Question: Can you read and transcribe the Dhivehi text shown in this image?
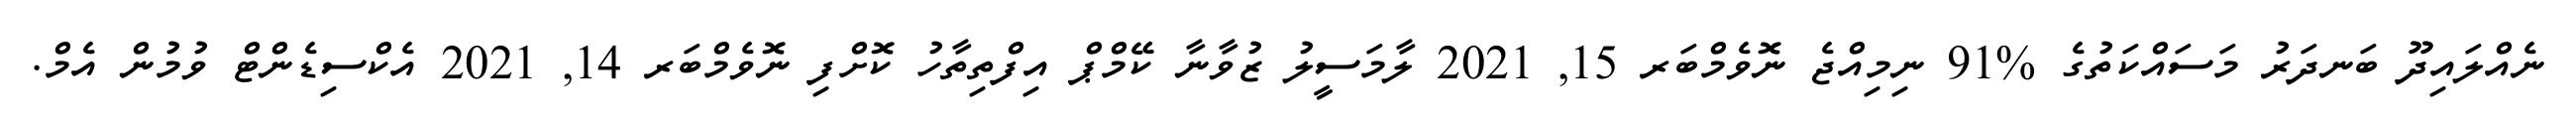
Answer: ނެއްލައިދޫ ބަނދަރު މަސައްކަތުގެ %91 ނިމިއްޖެ ނޮވެމްބަރ 15, 2021 ލާމަސީލު ޒުވާނާ ކޭމްޕް އިފްތިތާހު ކޮށްފި ނޮވެމްބަރ 14, 2021 އެކްސިޑެންޓް ވުމުން އެމް.